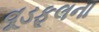
વૂડફૂલના